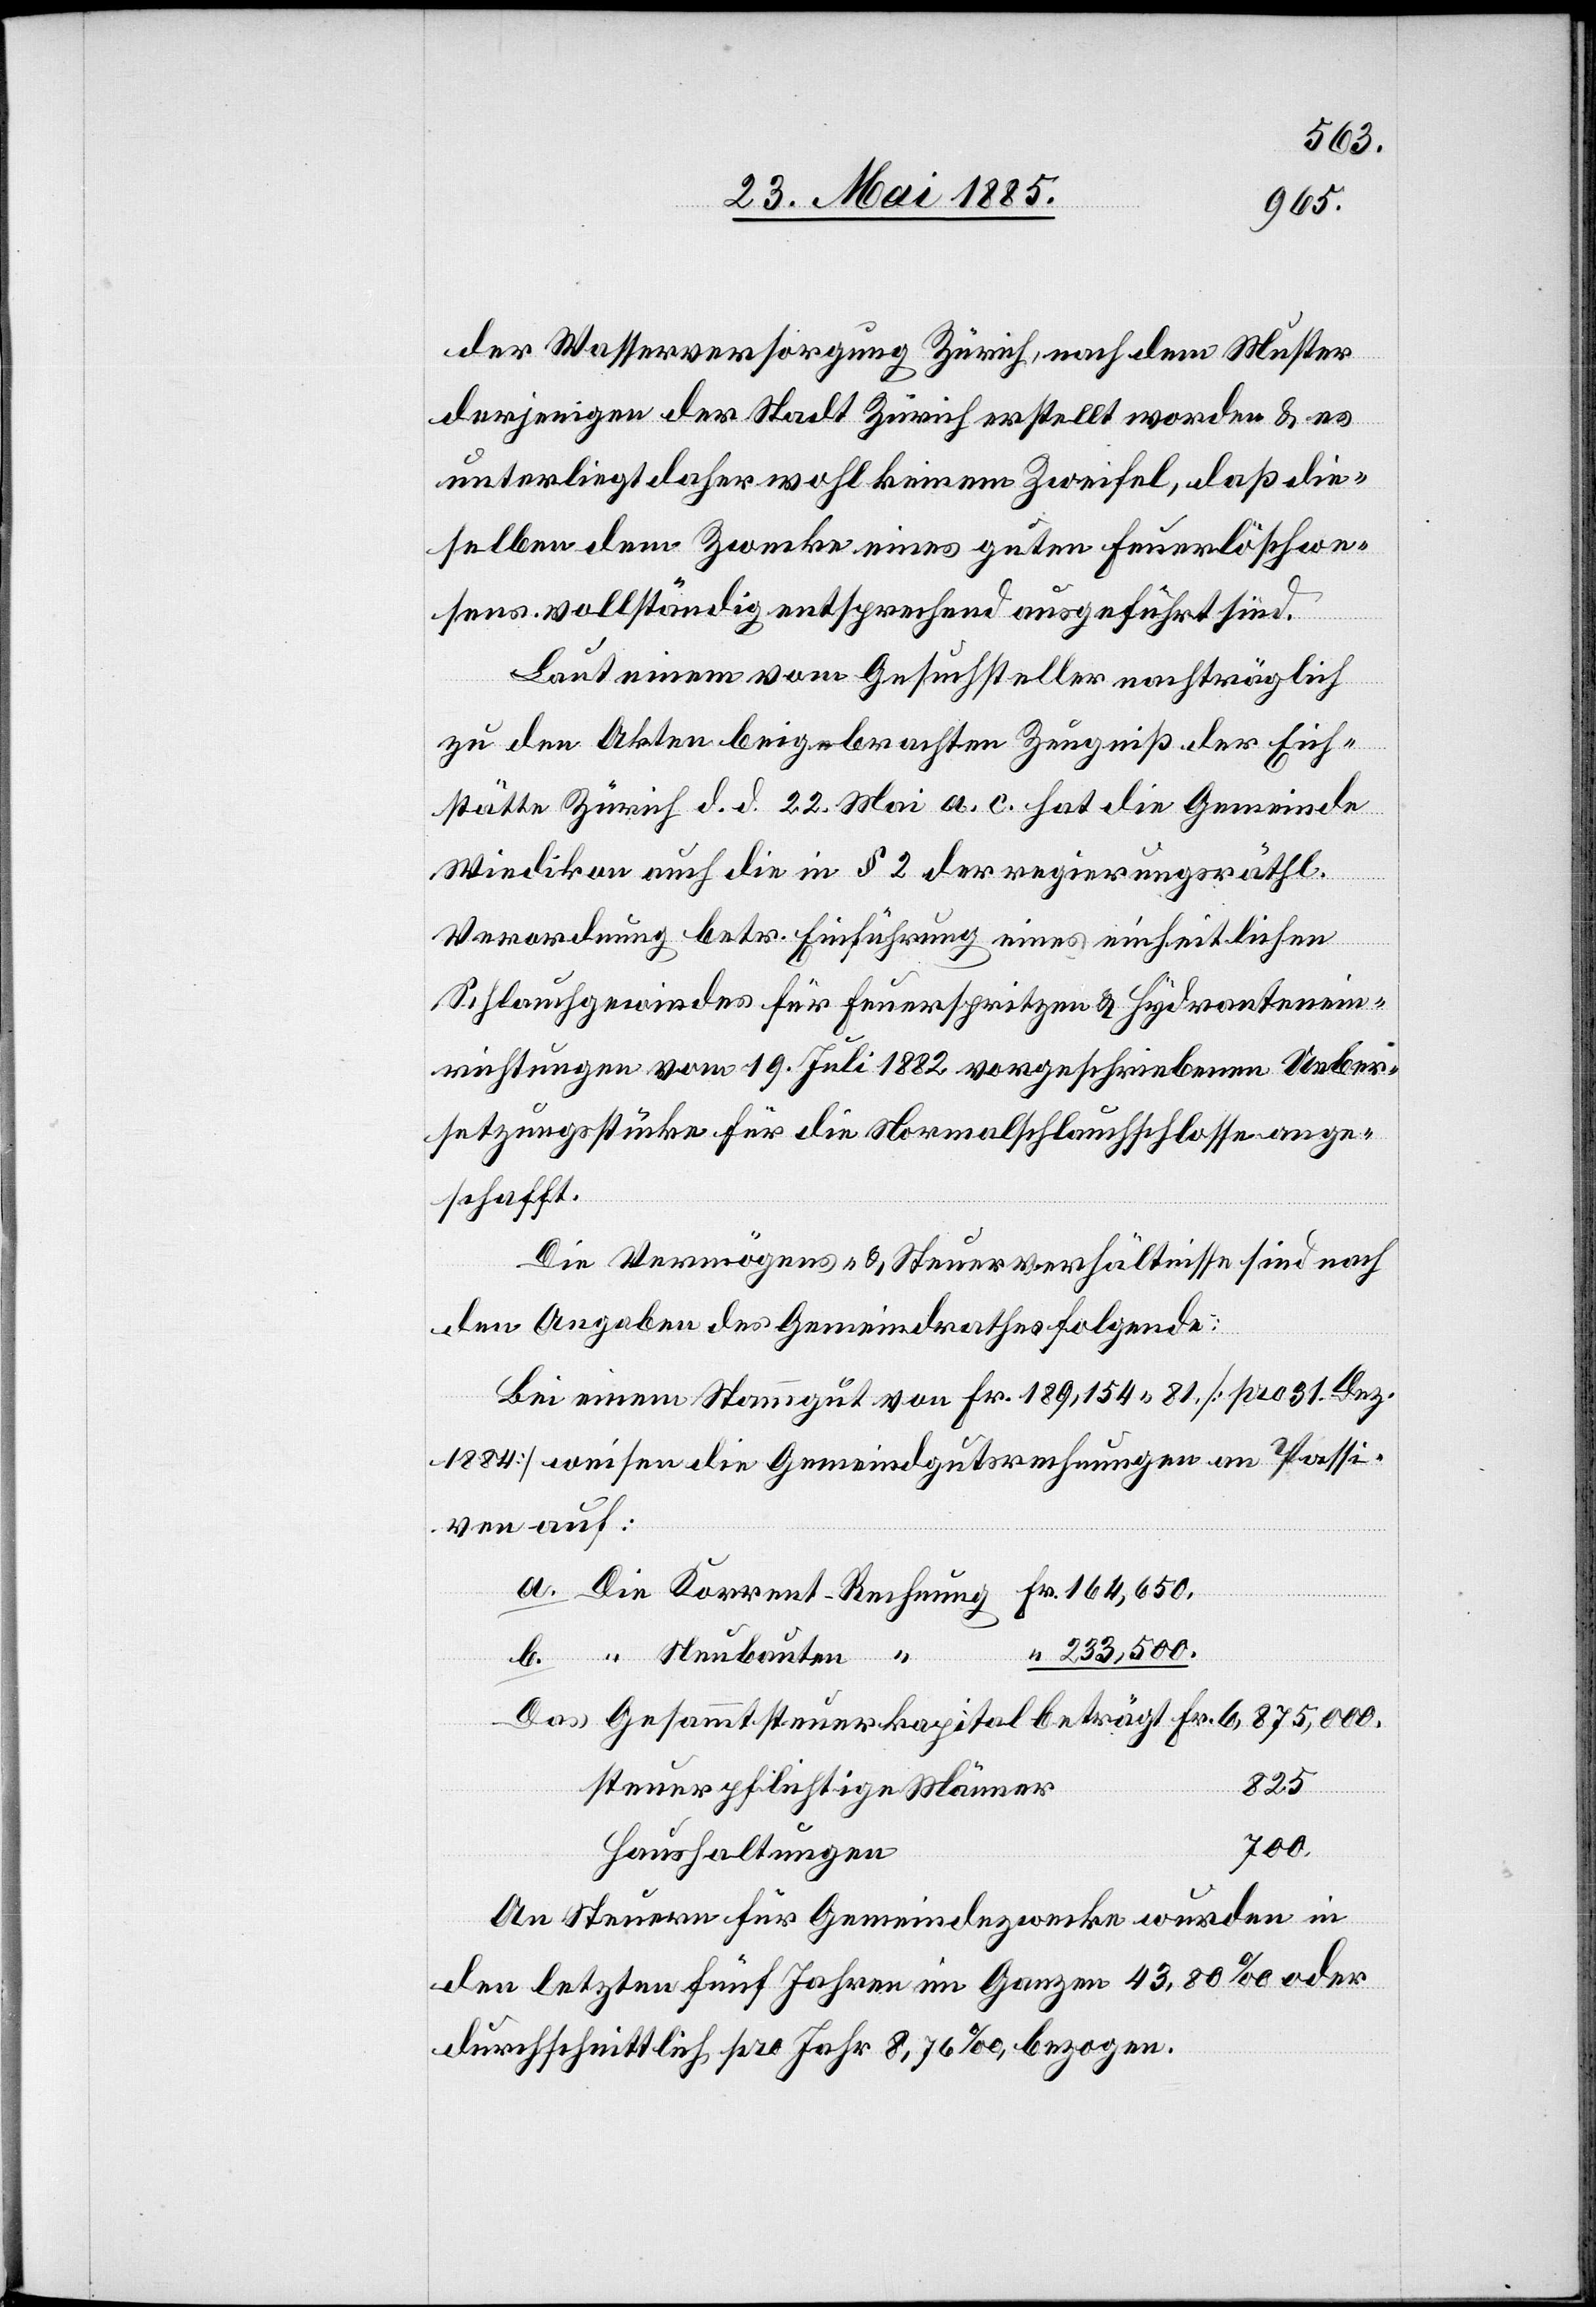
Rechnung
der Wasserversorgung Zürich, nach dem Muster
derjenigen der Stadt Zürich erstellt worden & es
unterliegt daher wohl keinem Zweifel, daß die¬
selben dem Zwecke eines guten Feuerlöschwe¬
sens vollständig entsprechend ausgeführt sind.
Fr.
Laut einem vom Gesuchsteller nachträglich
zu den Akten beigebrachten Zeugniß der Eich¬
stätte Zürich d. d. 22. Mai a. c. hat die Gemeinde
Wiedikon auch die in § 2 der regierungsräthl.
euerkapital
Verordnung betr. Einführung eines einheitlichen
Schlauchgewindes für Feuerspritzen & Hydrantenein¬
richtungen vom 19. Juli 1882 vorgeschriebenen Ueber¬
setzungsstücke für die Normalschlauchschlosse ange¬
schafft.
Die Vermögens- & Steuerverhältnisse sind nach
den Angaben des Gemeindrathes folgende:
Bei einem Staugut von Fr. 189,154 81 [pro 31. Dez.
1884] weisen die Gemeindgutsrechnungen an Passi¬
ven auf:
233,500.
825
steuerpflichtige Männer
700
Haushaltungen
An Steuern für Gemeindezwecke wurden in
den letzten fünf Jahren im Ganzen 43,80‰ oder
durchschnittlich pro Jahr 8,76‰ bezogen.